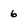
Character: 6